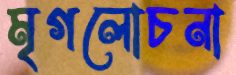
মৃগলোচনা